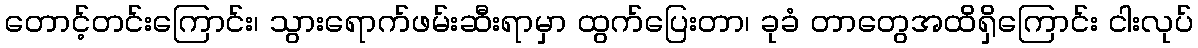
တောင့်တင်းကြောင်း၊ သွားရောက်ဖမ်းဆီးရာမှာ ထွက်ပြေးတာ၊ ခုခံ တာတွေအထိရှိကြောင်း ငါးလုပ်